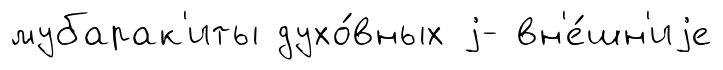
мубарак'иты духо́вных j- вн'е́шн'иjе